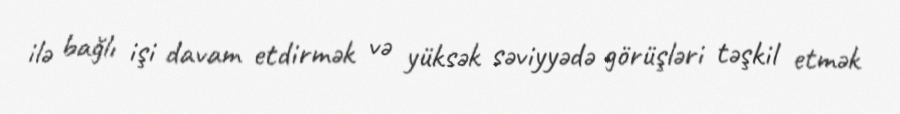
ilə bağlı işi davam etdirmək və yüksək səviyyədə görüşləri təşkil etmək